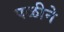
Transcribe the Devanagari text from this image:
पळीने